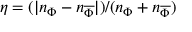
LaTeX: \eta = ( | n _ { \Phi } - n _ { \overline { { \Phi } } } | ) / ( n _ { \Phi } + n _ { \overline { { \Phi } } } )